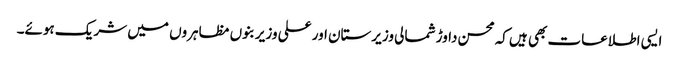
ایسی اطلاعات بھی ہیں کہ محسن داوڑ شمالی وزیرستان اور علی وزیر بنوں مظاہروں میں شریک ہوئے۔